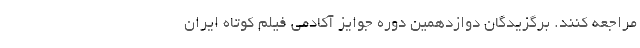
مراجعه کنند. برگزیدگان دوازدهمین دوره جوایز آکادمی فیلم کوتاه ایران